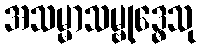
အသမ္မာသမ္ဗုဒ္ဓေသု